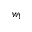
w _ { 1 }